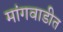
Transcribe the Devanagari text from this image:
मांगवाडीत